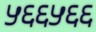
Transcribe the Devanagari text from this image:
५६६५६६